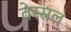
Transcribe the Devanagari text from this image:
वेस्सल